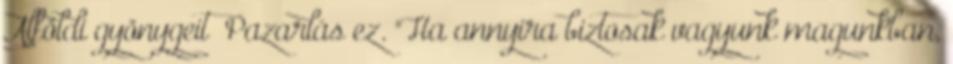
Alföldi gyönygeit Pazarlás ez. "Ha annyira biztosak vagyunk magunkban,